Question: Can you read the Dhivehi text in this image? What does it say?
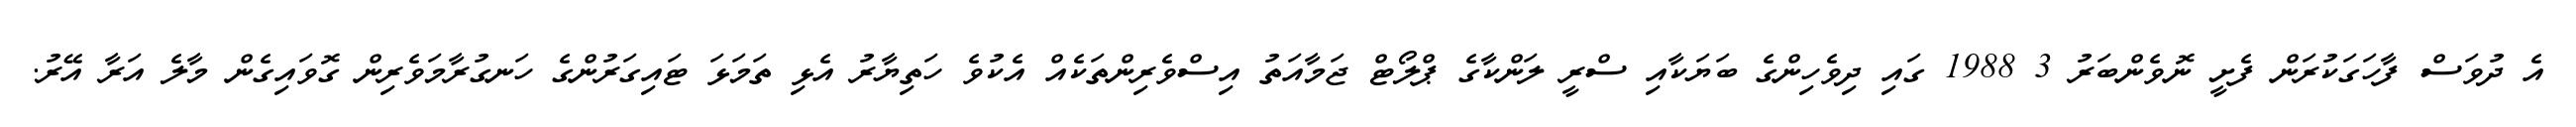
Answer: އެ ދުވަސް ފާހަގަކުރަން ފެށީ ނޮވެންބަރު 3 1988 ގައި ދިވެހިންގެ ބަޔަކާއި ސްރީ ލަންކާގެ ޕްލޯޓް ޖަމާއަތު އިސްވެރިންތަކެއް އެކުވެ ހަތިޔާރު އެޅި ތަމަޅަ ޓައިގަރުންގެ ހަނގުރާމަވެރިން ގޮވައިގެން މާލެ އަރާ އޭރު.